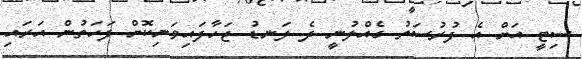
ސިޓީ އަށް އެ ފުރުސަތު ގެއްލުނީ ދެ ލަނޑު ޖަހާފައިވަނިކޮށް ފަހަތުން އަރައި